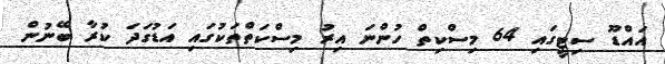
އައްޑޫ ސިޓީގައި 64 މިސްކިތް ހުންނަ އިރު މިސްކަތްތަކުގައި އަޑުގަދަ ކުރާ ބޭނުން